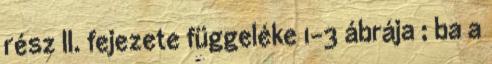
rész II. fejezete függeléke 1-3 ábrája ; ba a